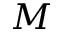
M